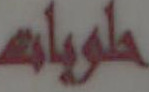
حلويات